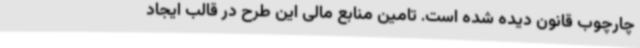
چارچوب قانون دیده شده است. تامین منابع مالی این طرح در قالب ایجاد